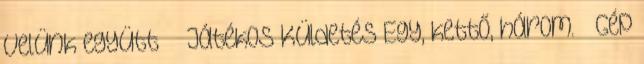
velünk együtt » Játékos Küldetés Egy, kettő, három. » Gép